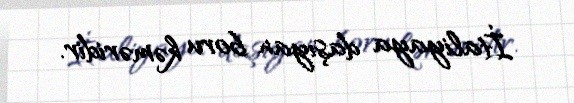
İtaliyaya daşıyan boru kəməridir.